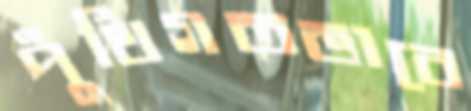
পুঁথিগতভাবে